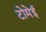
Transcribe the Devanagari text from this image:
टोमेई